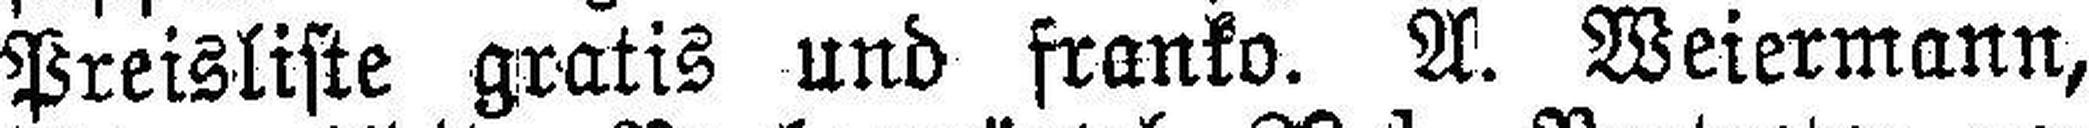
Preisliste gratis und franko. A. Weiermann,